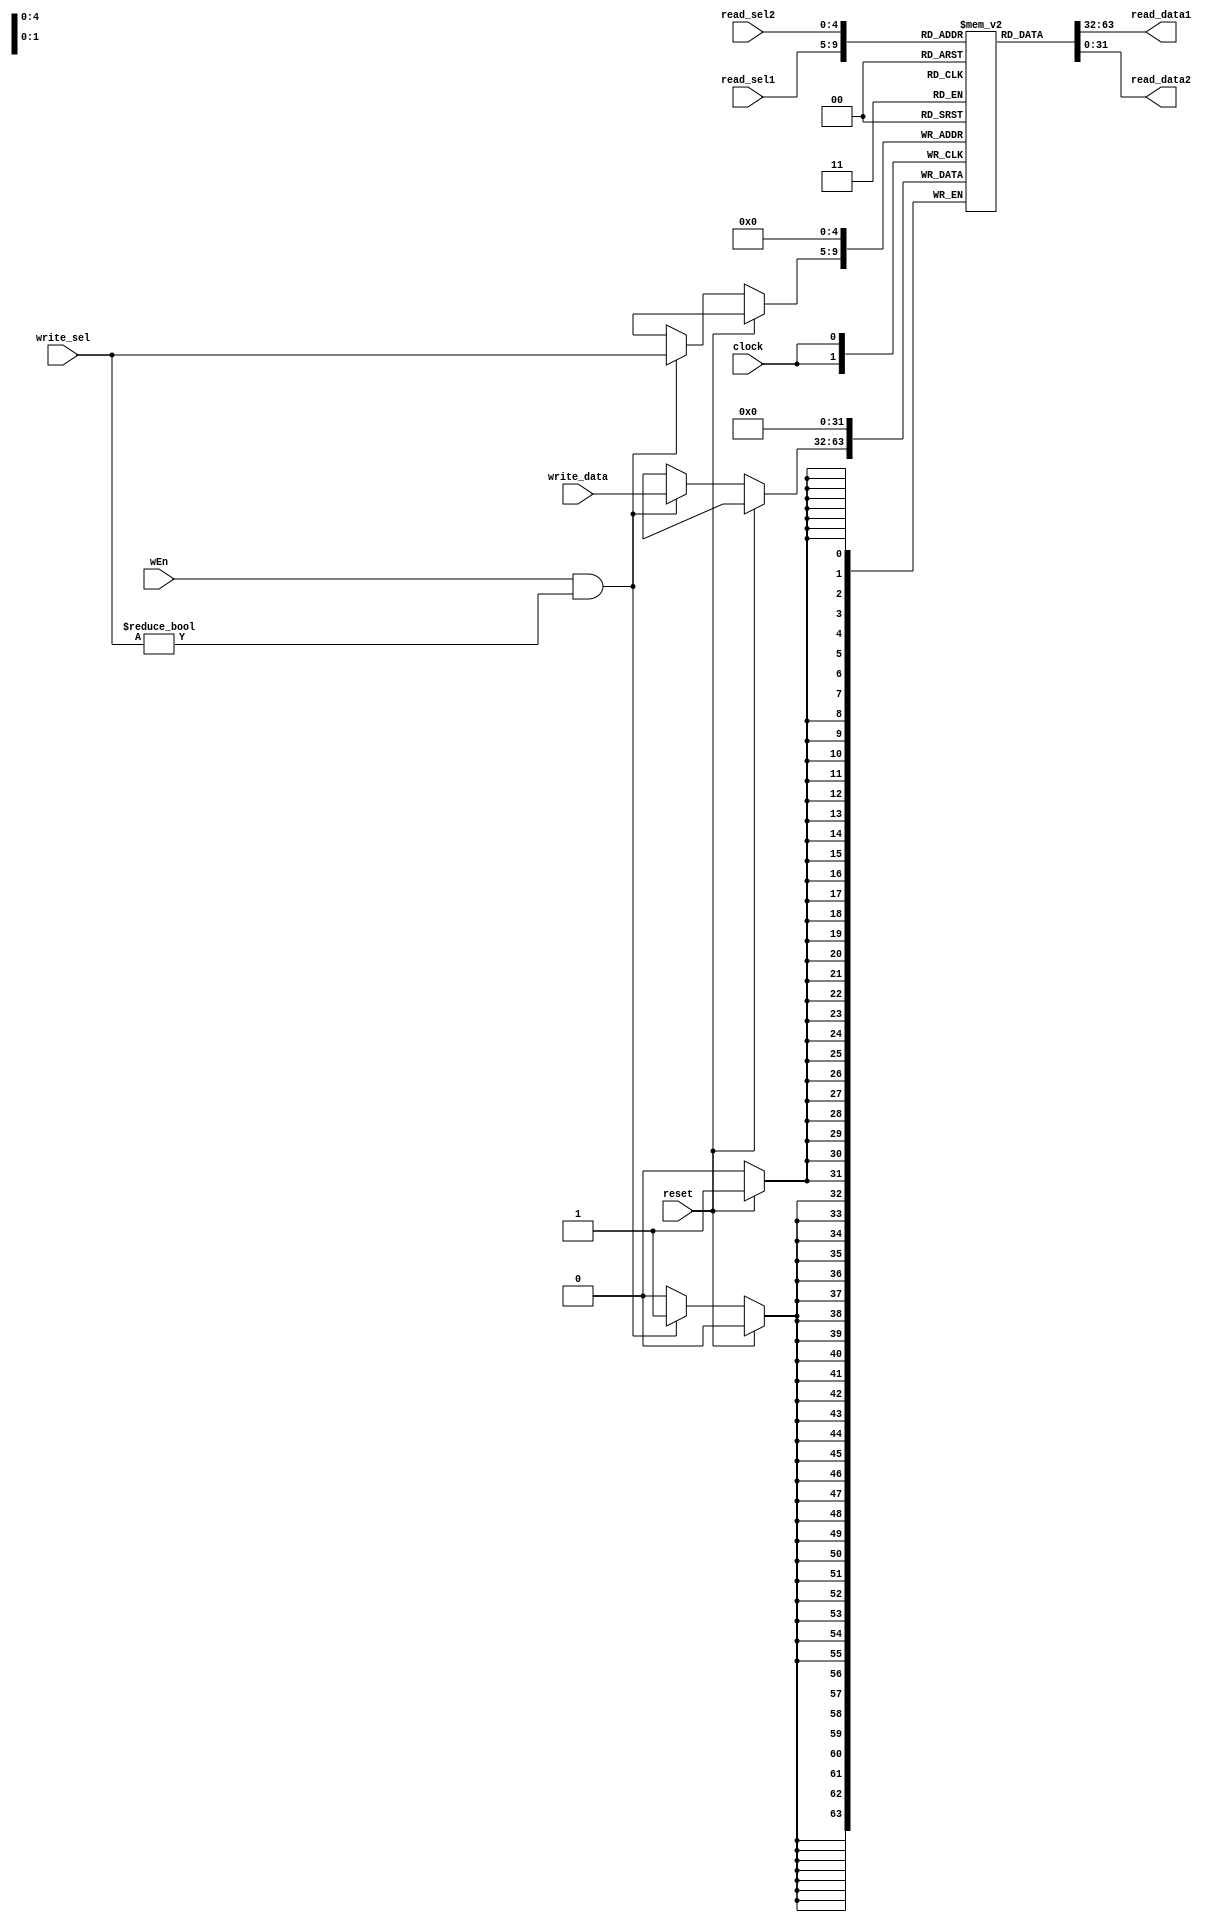
// Name: Mohammed Alsoughayer, Sean Brandenburg
// EC413 Project: Register File

module regFile (
  input clock,
  input reset,
  input wEn, // Write Enable
  input [31:0] write_data,
  input [4:0] read_sel1,
  input [4:0] read_sel2,
  input [4:0] write_sel,
  output [31:0] read_data1,
  output [31:0] read_data2
);

  reg   [31:0] reg_file[0:31];

  always@(posedge clock) begin
    if (reset) begin 
	   reg_file[0] <= 0;
	 end else begin 
	   if (wEn && (write_sel != 5'b00000)) begin 
		  reg_file[write_sel] <= write_data;
		end 
	 end
  end
  
  assign read_data1 = reg_file[read_sel1];
  assign read_data2 = reg_file[read_sel2];	 
endmodule